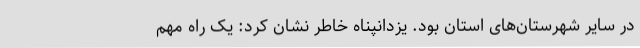
در سایر شهرستان‌های استان بود. یزدانپناه خاطر نشان کرد: یک راه مهم